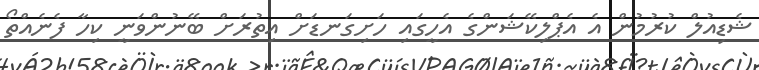
ޝެޑިއުލް ކުރުމުން އެ އެޕްލިކޭޝަންގެ އެހީގައި ހަށިގަނޑަށް އިތުރަށް ބޭނުންވަނީ ކިހާ ފެނެއްތޯ